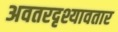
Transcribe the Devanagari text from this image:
अवतरदृश्यावतार